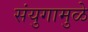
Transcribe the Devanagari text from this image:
संयुगामुळे